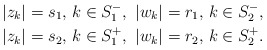
\begin{align*}&|z_k|=s_1,\,k\in S_1^-,\,\,|w_k|=r_1,\,k\in S_2^-,\\&|z_k|=s_2,\,k\in S_1^+,\,\,|w_k|=r_2,\,k\in S_2^+.\end{align*}